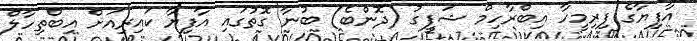
އާފިޔާގެ ފިރިމީހާ އިބްރާހިމް ޝަފީގު (ދޮންބެ) ބުނާ ގޮތުގައި އާފިޔާ ކައިރިއަށް އިބްތިހާލް